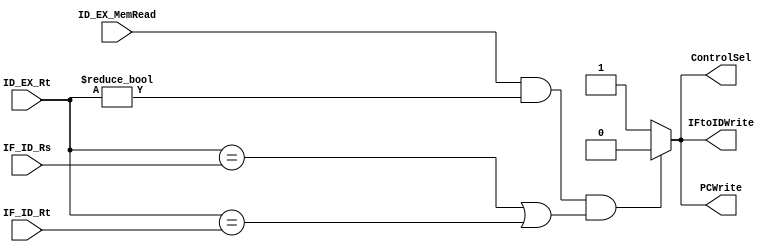
`timescale 1ns/1ns
module HazardUnit(input [4:0] IF_ID_Rs, IF_ID_Rt, ID_EX_Rt, input ID_EX_MemRead, output IFtoIDWrite, PCWrite, ControlSel);
 reg  if_to_id_write, pc_write, control_sel;
	
	always @(IF_ID_Rs, IF_ID_Rt, ID_EX_Rt, ID_EX_MemRead) begin
		if_to_id_write = 1'b1;
		pc_write = 1'b1;
		control_sel = 1'b1;
		if((ID_EX_MemRead == 1'b1) && (ID_EX_Rt != 5'b00000) && ((ID_EX_Rt == IF_ID_Rs)||(ID_EX_Rt == IF_ID_Rt))) begin
			if_to_id_write = 1'b0;
		  pc_write = 1'b0;
		  control_sel = 1'b0;
		end
	end
	
	assign IFtoIDWrite = if_to_id_write;
	assign PCWrite = pc_write;
	assign ControlSel = control_sel;
endmodule